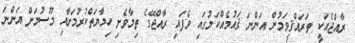
ރާއްޖެއަކީ ތަރައްޤީވަމުން އަންނަ ޤައުމެއްކަމުގައި ވެފައި ރާއްޖޭގެ ތިމާވެށި ހިމާޔަތްކުރުމަށާއި މޫސުމަށް އަންނަ